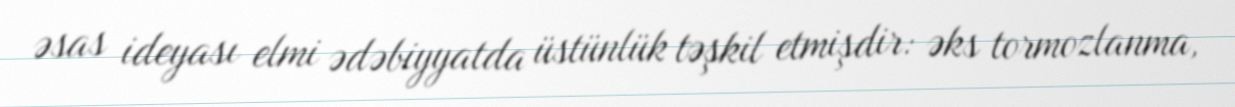
əsas ideyası elmi ədəbiyyatda üstünlük təşkil etmişdir: əks tormozlanma,